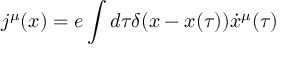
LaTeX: j ^ { \mu } ( x ) = e \int { d \tau \delta ( x - x ( \tau ) ) \dot { x } ^ { \mu } ( \tau ) }